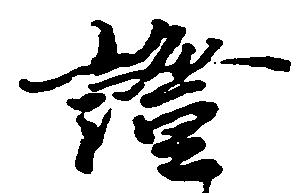
証